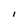
Character: I